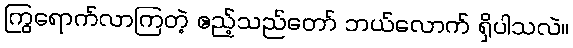
ကြွရောက်လာကြတဲ့ ဧည့်သည်တော် ဘယ်လောက် ရှိပါသလဲ။